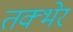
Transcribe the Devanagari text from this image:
तक्भेर